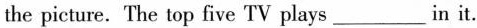
the picture. The top five TV plays___in it.